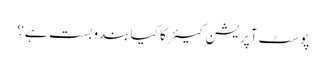
پوسٹ آپریشن کیئر کا کیا بندوبست ہے؟